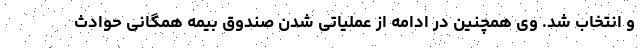
و انتخاب شد. وی همچنین در ادامه از عملیاتی شدن صندوق بیمه همگانی حوادث